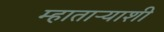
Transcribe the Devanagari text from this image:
म्हाताऱ्याशी